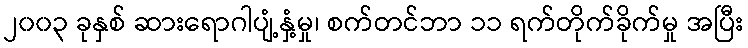
၂၀၀၃ ခုနှစ် ဆားရောဂါပျံ့နှံ့မှု၊ စက်တင်ဘာ ၁၁ ရက်တိုက်ခိုက်မှု အပြီး